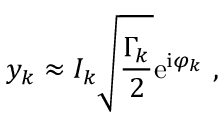
y _ { k } \approx I _ { k } \sqrt { \frac { \Gamma _ { k } } { 2 } } \mathrm { e } ^ { \mathrm { i } \varphi _ { k } } \ ,